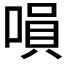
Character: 𠹚